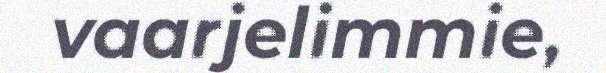
vaarjelimmie,